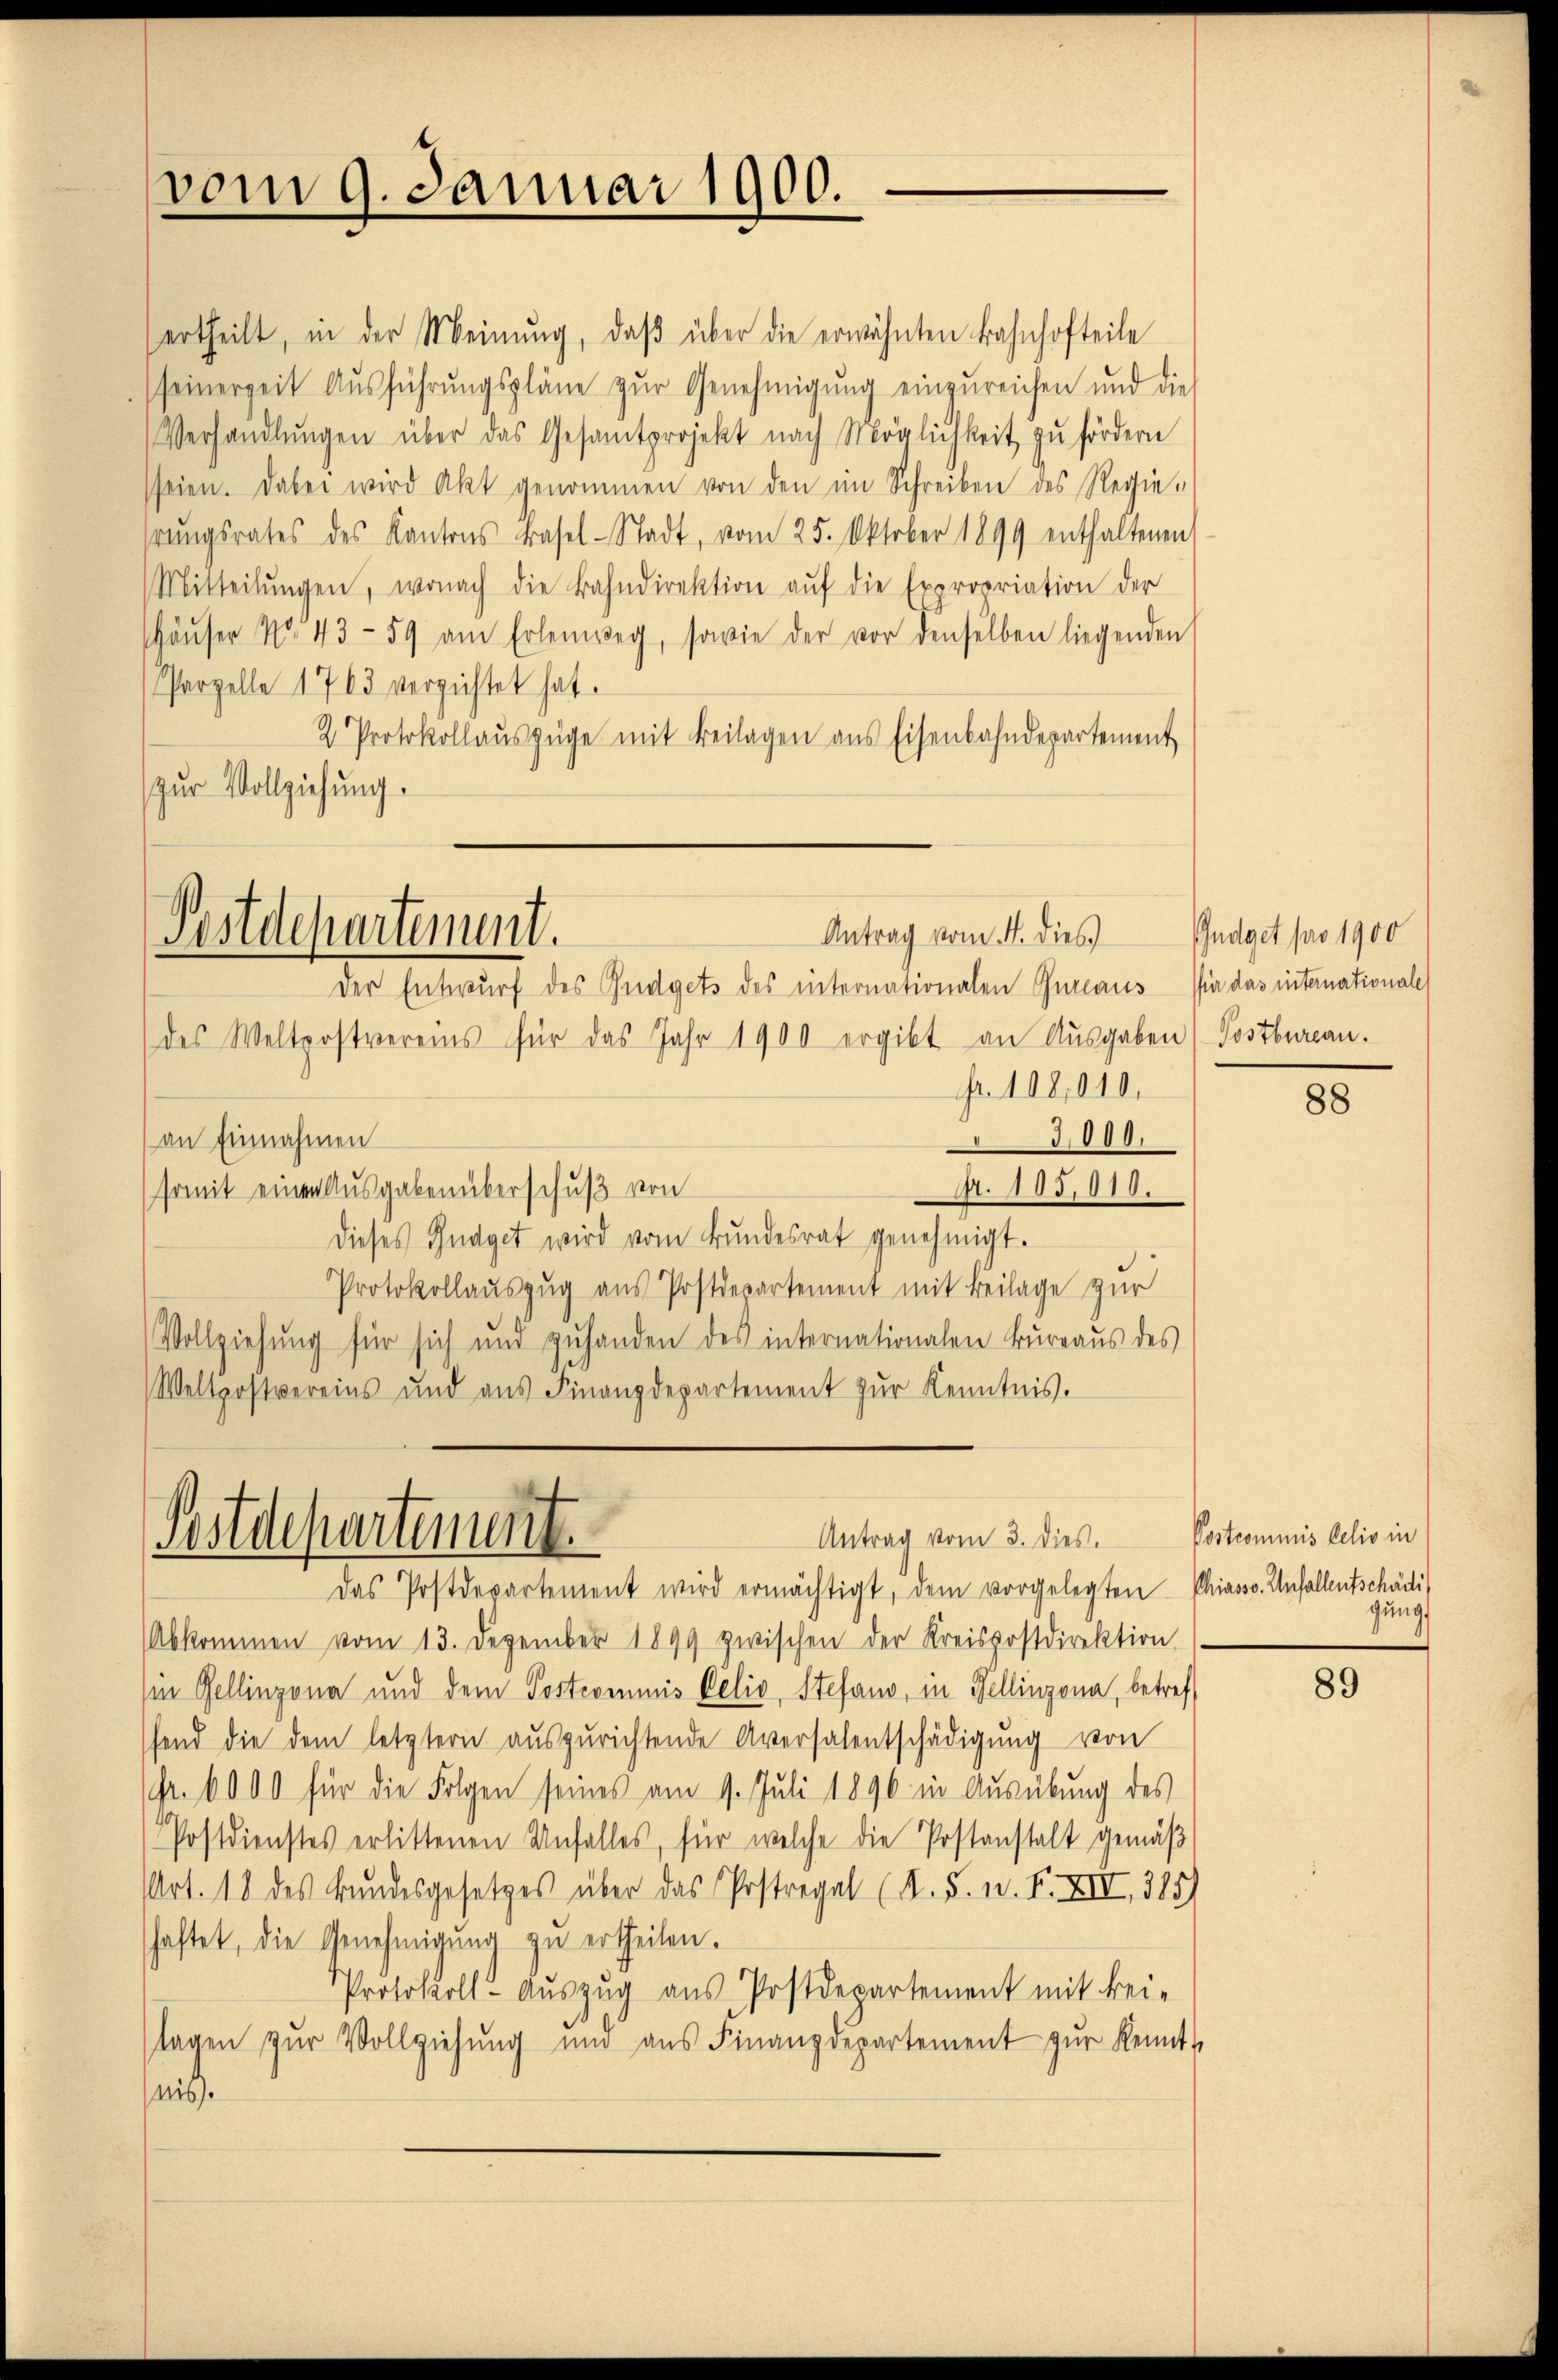
vom 9. Januar 1900.

ertheilt, in der Meinung, daβ über die erwähnten Bahnhofteile
seinerzeit Aŭsführŭngspläne zŭr Genehmigŭng einzŭreichen und die
Verhandlŭngen über das Gesamtprojekt nach Möglichkeit zŭ fördern
seien. Dabei wird Akt genommen von den im Schreiben des Regiehrŭngsrates des Kantons Basel-Stadt, vom 25. Oktober 1899 enthaltenen
Mitteilŭngen, wonach die Bahndirektion aŭf die Expropriation der
shäŭser No 43-59 am Erlenweg, sowie der vor denselben liegenden
Parzelle 1763 verzichtet hat.
2 Protokollauszüge mit Beilagen aus Eisenbahndepartement
Zur Vollziehung.

Antrag vom 4. dies
Postdepartement.
Der Entwurf des Gudgets des internationalen Gureaus sie das international

des Weltpostvereins für das Jahr 1900 ergibt an Ausgaben) Postbureau.
fr. 108,010.
3,000.
an Einnahmen
A. 105,010.
somit einen Ausgaben überschuß von
dieses Gnaget wird vom Bundesrat genehmigt.
Protokollauszug aus Postdepartement mit Beilage zur
Vollziehung für sich und zŭ handen des internationalen Bureaus des
Weltpostvereins und aŭs Finanzdepartement zŭr Kenntnis.

Gstdepartenunt
Antrag vom 3. dies.

Andget pro 1900

Das Postdepartement wird ermächtigt, dem vorgelegten Chiasso. Anfallentschädli
Abkommen vom 13. Dezember 1899 zwischen der Kreispostdirektion
in Gellinzona und dem Postcommis Delio, Stefand, in Fellinzona, betreffand die dem letztern auszurichtende Aversalentschädigung von
1fr. 6000 für die Folgen seines am 9. Juli 1896 in Ausübung des
Postdienstes erlittenen Unfalles, für welche die Postanstalt gemäß
Art. 18 des Bundesgesetzes über das Postregal (K. 5. n. F. XIII, 345)
schaftet, die Genehmigung zu ertheilen.
Protokoll- Auszug aus Postdepartement mit keitagen zŭr Vollziehŭng und aŭs Finanzdepartement zŭr Kennt
nis).

88

Postcommis delio in
gung

89